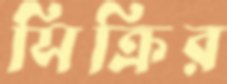
সিক্রির